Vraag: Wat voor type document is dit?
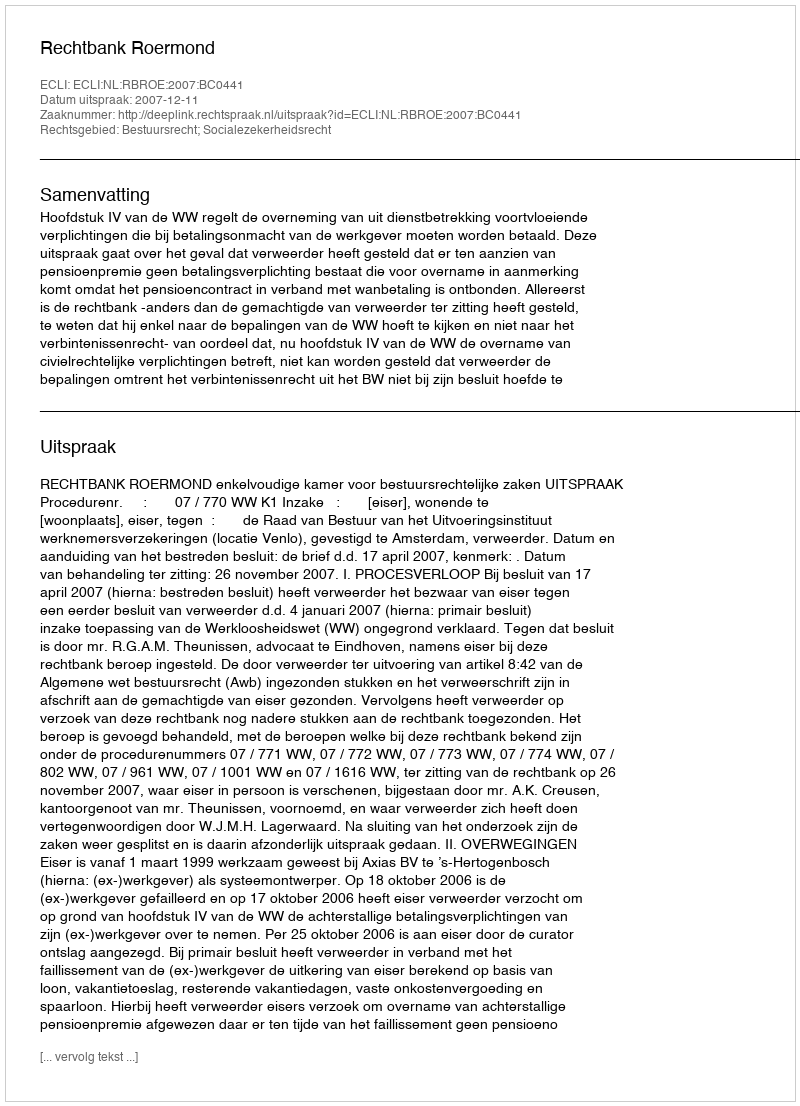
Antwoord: Uitspraak